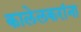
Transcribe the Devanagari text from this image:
कालेलकरांना